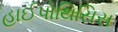
હાઈપોથિસિસ